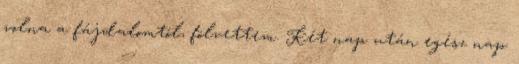
volna a fájdalomtól, fölvettem. Két nap után egész nap